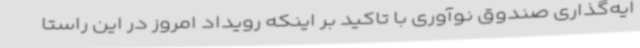
ایه‌گذاری صندوق نوآوری با تاکید بر اینکه رویداد امروز در این راستا